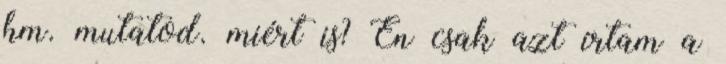
hm. mutatod. miért is? Én csak azt írtam a